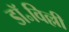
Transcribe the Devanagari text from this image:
डॉ॰विल्ली